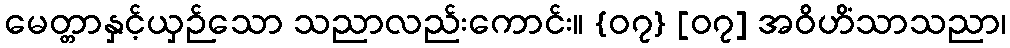
မေတ္တာနှင့်ယှဉ်သော သညာလည်းကောင်း။ {၀၇} [၀၇] အဝိဟိံသာသညာ၊